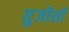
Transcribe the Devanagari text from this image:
यु़जीसी